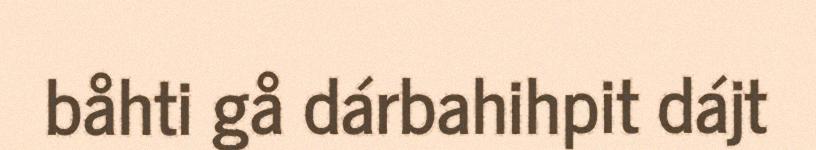
båhti gå dárbahihpit dájt